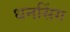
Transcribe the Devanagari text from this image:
धनसिंग